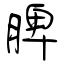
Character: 脾